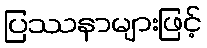
ပြဿနာများဖြင့်